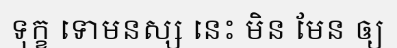
ទុក្ខ ទោមនស្ស នេះ មិន មែន ឲ្យ